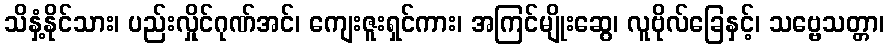
သိနှံ့နိုင်သား၊ ပည်းလှိုင်ဂုဏ်အင်၊ ကျေးဇူးရှင်ကား၊ အကြင်မျိုးဆွေ၊ လူဗိုလ်ခြေနှင့်၊ သဗ္ဗေသတ္တာ၊